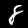
Label: 8